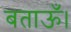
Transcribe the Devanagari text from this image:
बताऊँ।